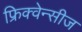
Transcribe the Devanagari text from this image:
फ्रिक्वेन्सीज